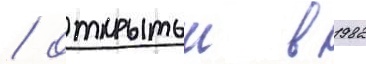
/ открытыи в 1982